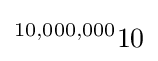
{}^{10,000,000}10